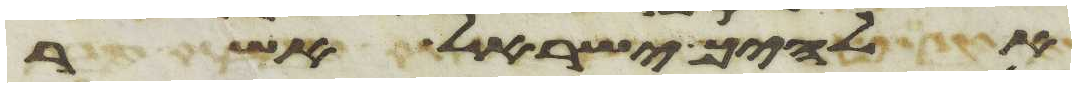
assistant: אלהיך ישראל אשר